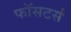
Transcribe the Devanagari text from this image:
फॉसटर्स